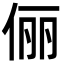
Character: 俪